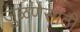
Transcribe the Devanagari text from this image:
जुळणेसाठी